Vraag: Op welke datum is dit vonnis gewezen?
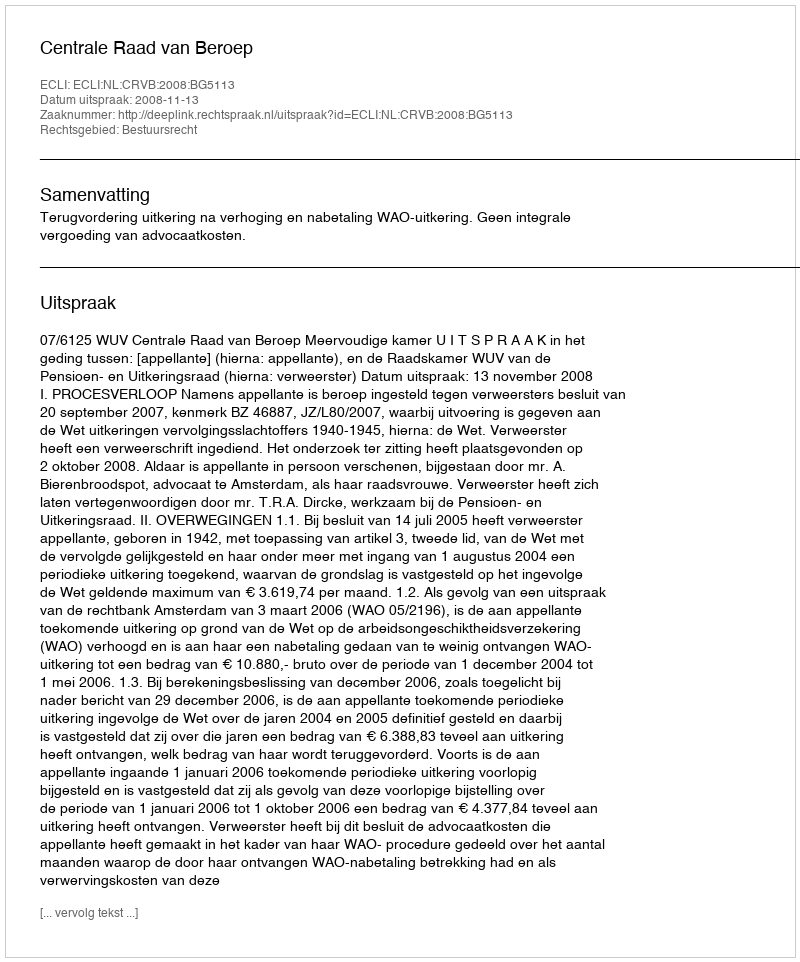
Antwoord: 2008-11-13